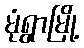
မုံရွာမြို့